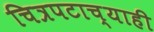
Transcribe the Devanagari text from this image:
चित्रपटाच्याही